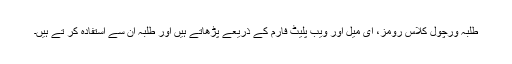
طلبہ ورچول کلاس رومز، ای میل اور ویب پلیٹ فارم کے ذریعے پڑھاتے ہیں اور طلبہ ان سے استفادہ کر تے ہیں۔